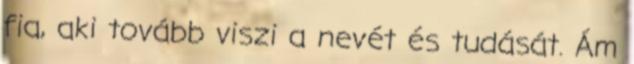
fia, aki tovább viszi a nevét és tudását. Ám